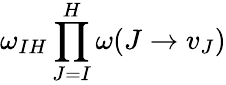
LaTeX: \omega_{IH}\prod_{J=I}^{H}\omega(J\to v_{J})